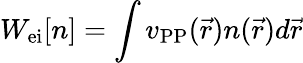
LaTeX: W_{\mathrm{ei}}[n]=\int v_{\mathrm{PP}}(\vec{r})n(\vec{r})d\vec{r}